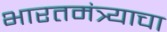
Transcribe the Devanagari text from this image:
भारतमंत्र्याचा